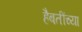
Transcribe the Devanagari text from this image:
हैबतींच्या